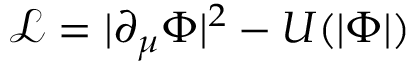
{ \mathcal { L } } = | \partial _ { \mu } \Phi | ^ { 2 } - U ( | \Phi | )